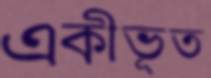
একীভূত